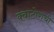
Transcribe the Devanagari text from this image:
क्वाटोराची